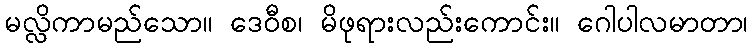
မလ္လိကာမည်သော။ ဒေဝီစ၊ မိဖုရားလည်းကောင်း။ ဂေါပါလမာတာ၊